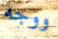
ووجه